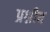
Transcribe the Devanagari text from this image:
प्रश्नीय